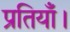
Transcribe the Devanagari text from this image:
प्रतियाँ।